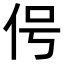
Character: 𬽱